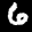
Label: 6